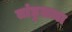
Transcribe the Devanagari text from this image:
तांडुलजा